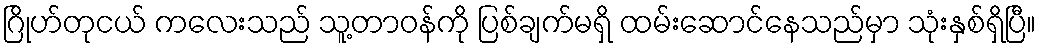
ဂြိုဟ်တုငယ် ကလေးသည် သူ့တာဝန်ကို ပြစ်ချက်မရှိ ထမ်းဆောင်နေသည်မှာ သုံးနှစ်ရှိပြီ။